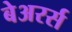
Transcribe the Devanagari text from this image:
बेअरर्स